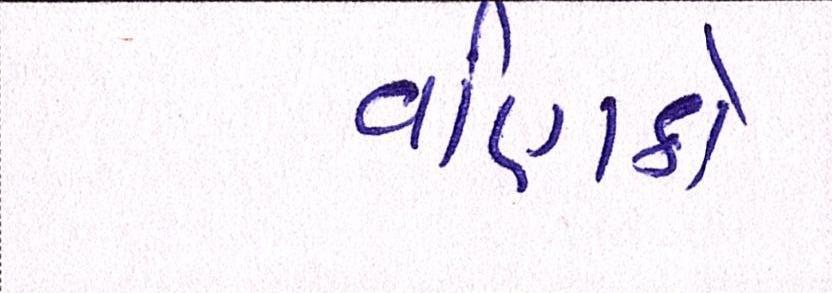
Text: વણિકો